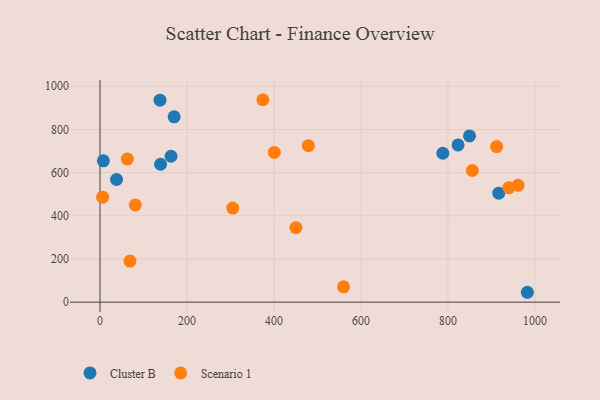
{"axis": {"x": "Experience", "y": "Demand"}, "legend": ["Cluster B", "Scenario 1"], "data": [{"x": "163.3", "y": 675.9, "type": "Cluster B"}, {"x": "823.3", "y": 728.1, "type": "Cluster B"}, {"x": "982.7", "y": 45.8, "type": "Cluster B"}, {"x": "916.9", "y": 504.7, "type": "Cluster B"}, {"x": "38.0", "y": 568.2, "type": "Cluster B"}, {"x": "7.7", "y": 654.4, "type": "Cluster B"}, {"x": "138.0", "y": 935.4, "type": "Cluster B"}, {"x": "170.4", "y": 858.5, "type": "Cluster B"}, {"x": "849.7", "y": 770.1, "type": "Cluster B"}, {"x": "139.2", "y": 638.8, "type": "Cluster B"}, {"x": "788.3", "y": 689.8, "type": "Cluster B"}, {"x": "81.1", "y": 450.3, "type": "Scenario 1"}, {"x": "450.4", "y": 344.9, "type": "Scenario 1"}, {"x": "856.2", "y": 609.7, "type": "Scenario 1"}, {"x": "560.0", "y": 71.1, "type": "Scenario 1"}, {"x": "400.7", "y": 693.6, "type": "Scenario 1"}, {"x": "305.2", "y": 435.7, "type": "Scenario 1"}, {"x": "479.0", "y": 724.9, "type": "Scenario 1"}, {"x": "961.3", "y": 541.1, "type": "Scenario 1"}, {"x": "6.0", "y": 486.4, "type": "Scenario 1"}, {"x": "68.9", "y": 190.3, "type": "Scenario 1"}, {"x": "62.8", "y": 662.7, "type": "Scenario 1"}, {"x": "912.1", "y": 720.6, "type": "Scenario 1"}, {"x": "940.2", "y": 530.2, "type": "Scenario 1"}, {"x": "374.5", "y": 937.6, "type": "Scenario 1"}]}